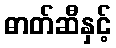
ဓာတ်ဆီနှင့်